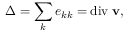
\Delta = \sum _ { k } e _ { k k } = { \mathrm { d i v } } \; \mathbf { v } ,